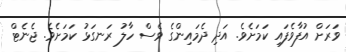
ވަރަށް އުފާވެފައި ކަމަށެވެ. އަދި ދެމައިންގެ ވެސް ހާލު ރަނގަޅު ކަމަށެވެ. ޖެނެޓް